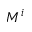
M ^ { i }